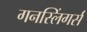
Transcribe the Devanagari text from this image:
गनस्लिंगर्स